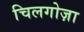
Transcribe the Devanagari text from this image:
चिलगोज़ा